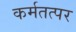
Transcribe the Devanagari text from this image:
कर्मतत्पर